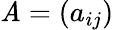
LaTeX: \mathit{A}=(a_{ij})